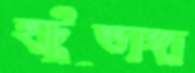
হাটুভাঙ্গা